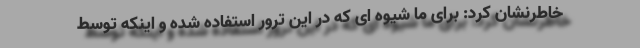
خاطرنشان کرد: برای ما شیوه ای که در این ترور استفاده شده و اینکه توسط